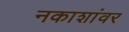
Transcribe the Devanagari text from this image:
नकाशांवर